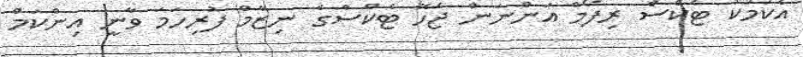
އެކަމަކު ޓެކްސް ރިފޯމް އަންނަން ޖެހޭ ޓެކްސްގެ ނިޒާމް ފުރިހަމަ ވާނީ އިންކަމް